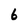
Character: 6